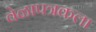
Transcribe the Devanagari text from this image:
वेळापत्रकला